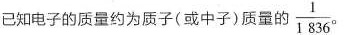
已知电子的质量约为质子(或中子)质量的\frac{1}{1836}。